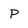
Character: P